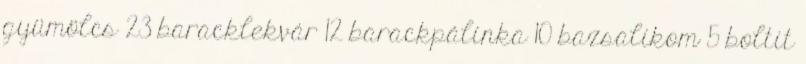
gyümölcs 23 baracklekvár 12 barackpálinka 10 bazsalikom 5 boltit